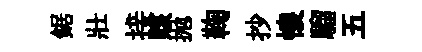
鋸壯接賅抛鞠抄懐騮五